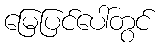
မြေပြင်ပေါ်တွင်